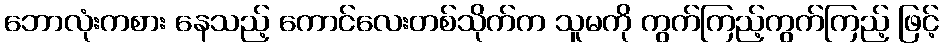
ဘောလုံးကစား နေသည့် ကောင်လေးတစ်သိုက်က သူမကို ကွက်ကြည့်ကွက်ကြည့် ဖြင့်